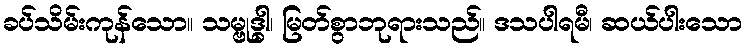
ခပ်သိမ်းကုန်သော။ သမ္ဗုဒ္ဓါ၊ မြတ်စွာဘုရားသည်။ ဒသပါရမီ၊ ဆယ်ပါးသော